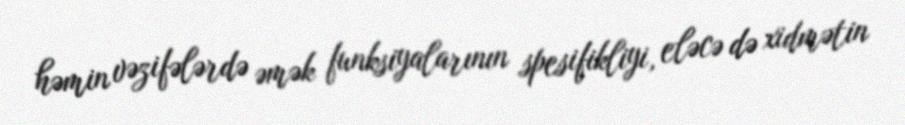
həmin vəzifələrdə əmək funksiyalarının spesifikliyi, eləcə də xidmətin